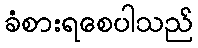
ခံစားရစေပါသည်